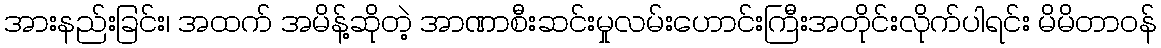
အားနည်းခြင်း၊ အထက် အမိန့်ဆိုတဲ့ အာဏာစီးဆင်းမှုလမ်းဟောင်းကြီးအတိုင်းလိုက်ပါရင်း မိမိတာဝန်